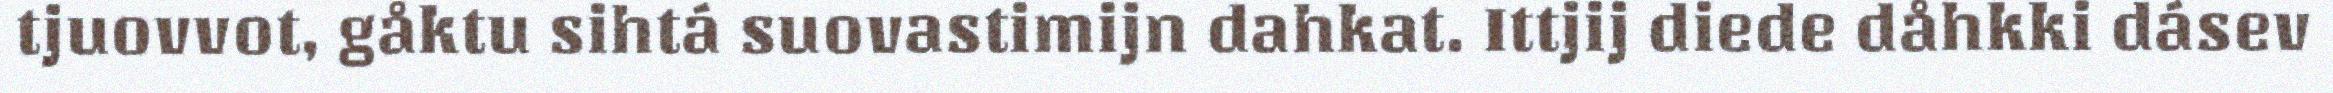
tjuovvot, gåktu sihtá suovastimijn dahkat. Ittjij diede dåhkki dásev